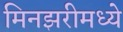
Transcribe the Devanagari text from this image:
मिनझरीमध्ये